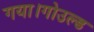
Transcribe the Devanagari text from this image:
गया।गोउल्‍ड